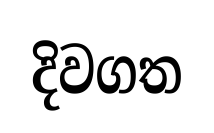
දිවගත